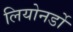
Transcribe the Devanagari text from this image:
लियोनर्डो